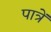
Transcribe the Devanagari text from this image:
पात्रें